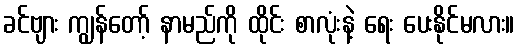
ခင်ဗျား ကျွန်တော့် နာမည်ကို ထိုင်း စာလုံးနဲ့ ရေး ပေးနိုင်မလား။